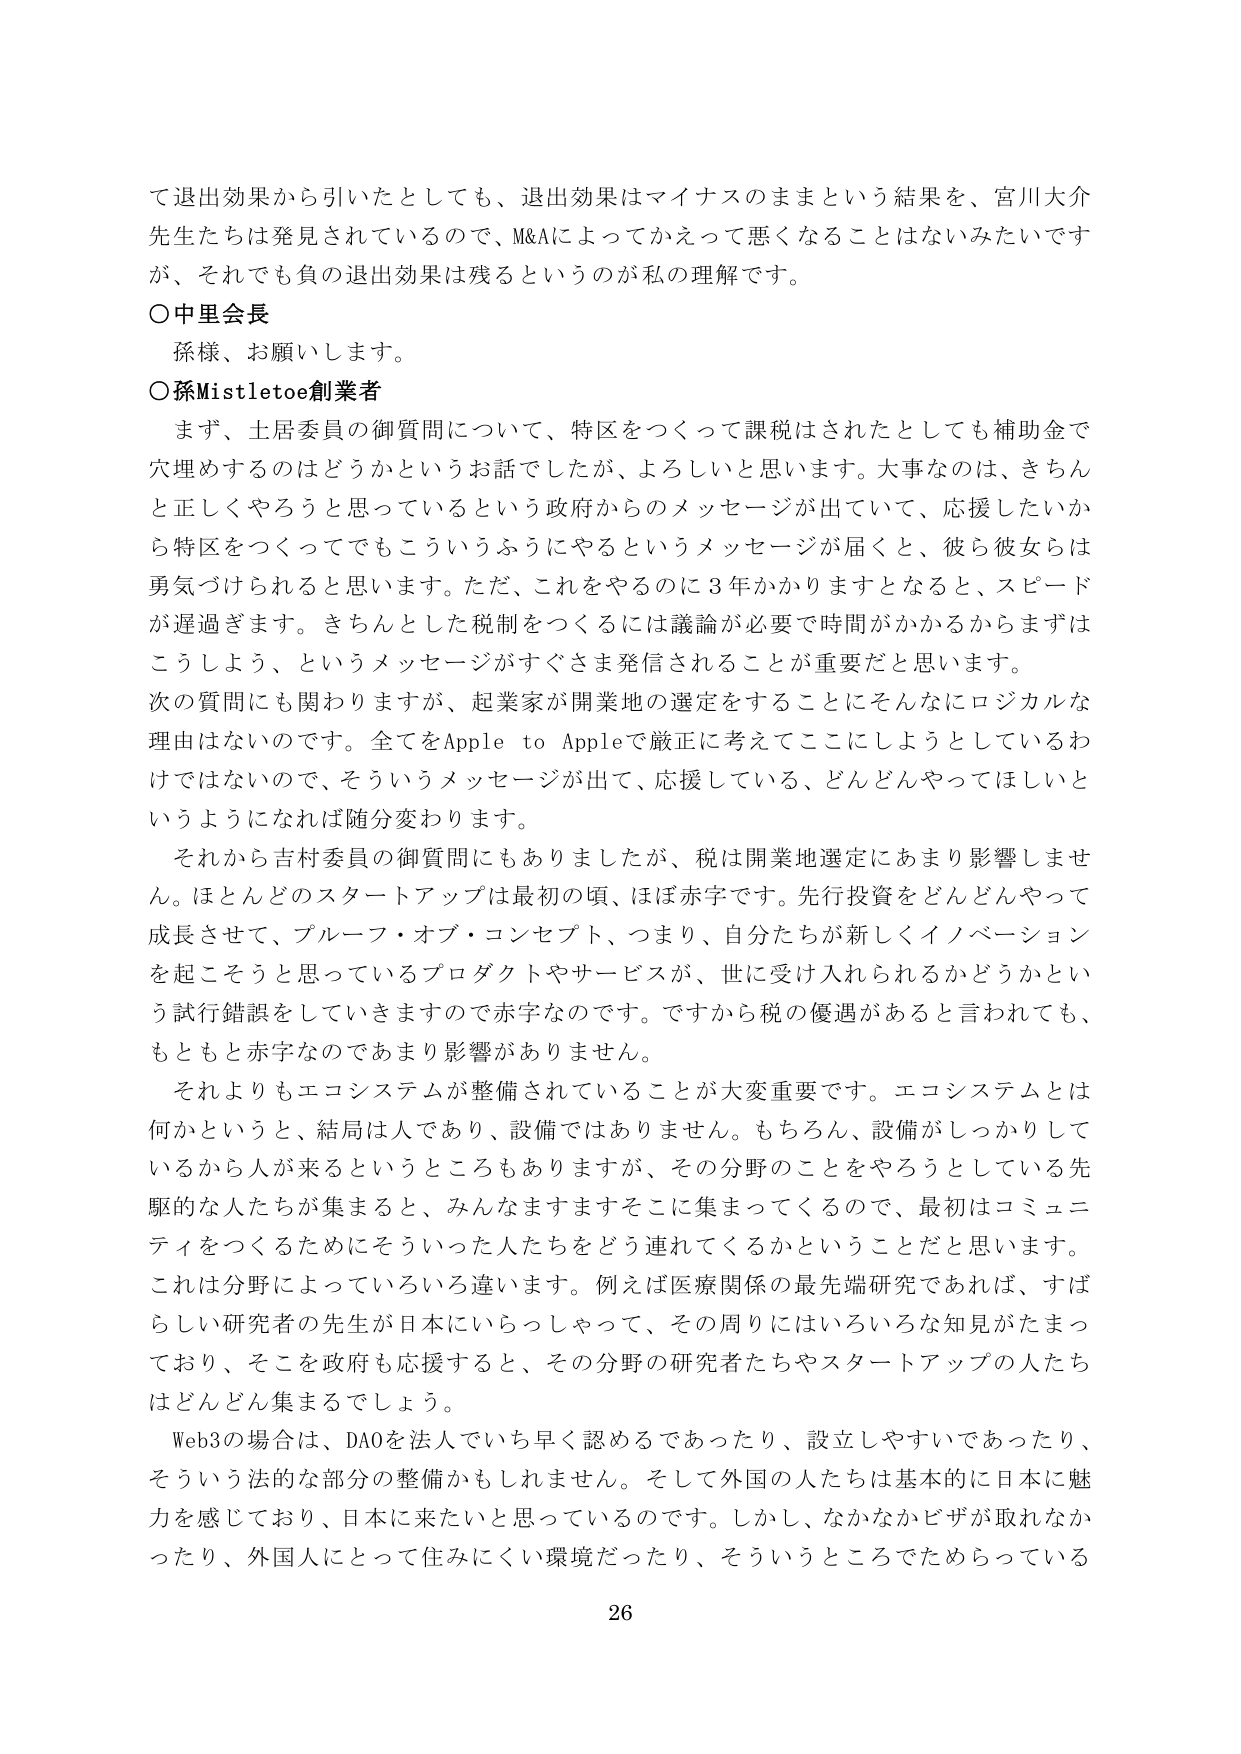
て退出効果から引いたとしても、退出効果はマイナスのままという結果を、宮川大介
先生たちは発見されているので、M&Aによってかえって悪くなることはないみたいです
が、それでも負の退出効果は残るというのが私の理解です。
○中里会長
孫様、お願いします。
○孫Mistletoe創業者
まず、土居委員の御質問について、特区をつくって課税はされたとしても補助金で
穴埋めするのはどうかというお話でしたが、よろしいと思います。大事なのは、きちん
と正しくやろうと思っているという政府からのメッセージが出ていて、応援したいか
ら特区をつくってでもこういうふうにやるというメッセージが届くと、彼ら彼女らは
勇気づけられると思います。ただ、これをやるのに3年かかりますとなると、スピード
が遅過ぎます。きちんとした税制をつくるには議論が必要で時間がかかるからまずは
こうしよう、というメッセージがすぐさま発信されることが重要だと思います。
次の質問にも関わりますが、起業家が開業地の選定をすることにそんなにロジカルな
理由はないのです。全てをApple to Appleで厳正に考えてここにしようとしているわ
けではないので、そういうメッセージが出て、応援している、どんどんやってほしいと
いうようになれば随分変わります。
それから吉村委員の御質問にもありましたが、税は開業地選定にあまり影響しませ
ん。ほとんどのスタートアップは最初の頃、ほぼ赤字です。先行投資をどんどんやって
成長させて、ブルーフ・オブ・コンセプト、つまり、自分たちが新しくイノベーション
を起こそうと思っているプロダクトやサービスが、世に受け入れられるかどうかとい
う試行錯誤をしていきますので赤字なのです。ですから税の優遇があると言われても、
もともと赤字なのであまり影響がありません。
それよりもエコシステムが整備されていることが大変重要です。エコシステムとは
何かというと、結局は人であり、設備ではありません。もちろん、設備がしっかりして
いるから人が来るというところもありますが、その分野のことをやろうとしている先
駆的な人たちが集まると、みんなますますそこに集まってくるので、最初はコミュニ
ティをつくるためにそういった人たちをどう連れてくるかということだと思います。
これは分野によっていろいろ違います。例えば医療関係の最先端研究であれば、すば
らしい研究者の先生が日本にいらっしゃって、その周りにはいろいろな知見がたまっ
ており、そこを政府も応援すると、その分野の研究者たちやスタートアップの人たち
はどんどん集まるでしょう。
Web3の場合は、DAOを法人でいち早く認めるであったり、設立しやすいであったり、
そういう法的な部分の整備かもしれません。そして外国の人たちは基本的に日本に魅
力を感じており、日本に来たいと思っているのです。しかし、なかなかビザが取れなか
ったり、外国人にとって住みにくい環境だったり、そういうところでためらっている
26